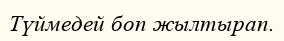
Түймедей боп жылтырап.